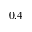
0 . 4